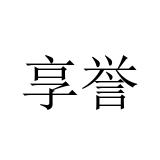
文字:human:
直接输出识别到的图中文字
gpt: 享誉